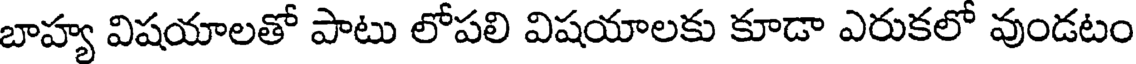
బాహ్య విషయాలతో పాటు లోపలి విషయాలకు కూడా ఎరుకలో వుండటం